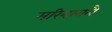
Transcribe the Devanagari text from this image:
मरियामलै